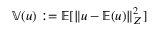
\mathbb { V } ( u ) : = \mathbb { E } [ \left\Vert u - \mathbb { E } ( u ) \right\Vert _ { Z } ^ { 2 } ]